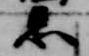
忌